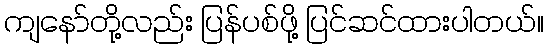
ကျနော်တို့လည်း ပြန်ပစ်ဖို့ ပြင်ဆင်ထားပါတယ်။